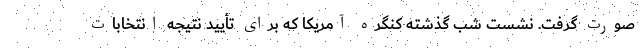
صورت گرفت. نشست شب گذشته کنگره آمریکا که برای تأیید نتیجه انتخابات